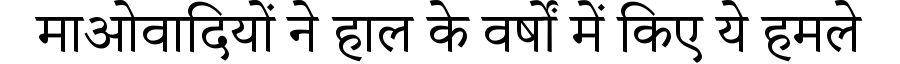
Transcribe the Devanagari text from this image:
माओवादियों ने हाल के वर्षों में किए ये हमले